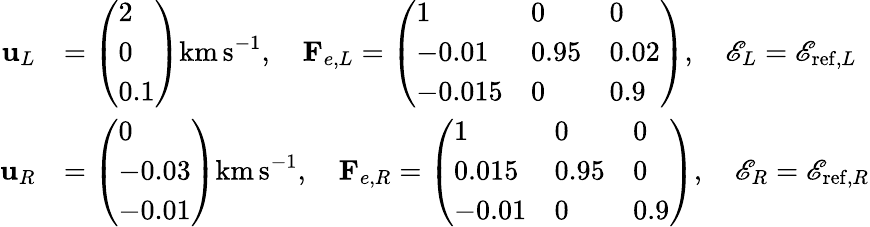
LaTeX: \begin{array}{rl}{\mathbf{u}_{L}}&{=\left(\begin{array}{l}{2}\\ {0}\\ {0.1}\end{array}\right)\mathrm{km\, s}^{-1},\quad\mathbf{F}_{e,L}=\left(\begin{array}{lll}{1}&{0}&{0}\\ {-0.01}&{0.95}&{0.02}\\ {-0.015}&{0}&{0.9}\end{array}\right),\quad\mathscr{E}_{L}=\mathscr{E}_{\mathrm{ref},L}}\\ {\mathbf{u}_{R}}&{=\left(\begin{array}{l}{0}\\ {-0.03}\\ {-0.01}\end{array}\right)\mathrm{km\, s}^{-1},\quad\mathbf{F}_{e,R}=\left(\begin{array}{lll}{1}&{0}&{0}\\ {0.015}&{0.95}&{0}\\ {-0.01}&{0}&{0.9}\end{array}\right),\quad\mathscr{E}_{R}=\mathscr{E}_{\mathrm{ref},R}}\end{array}